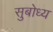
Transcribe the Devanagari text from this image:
सुबोध्य